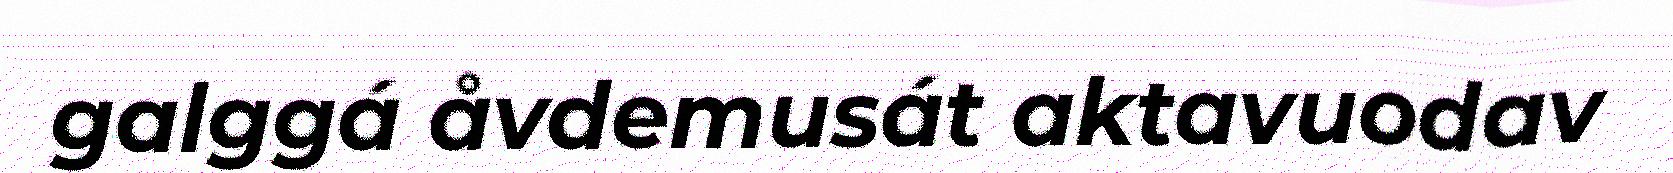
galggá åvdemusát aktavuodav